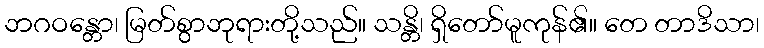
ဘဂဝန္တော၊ မြတ်စွာဘုရားတို့သည်။ သန္တိ၊ ရှိတော်မူကုန်၏။ တေ တာဒိသာ၊